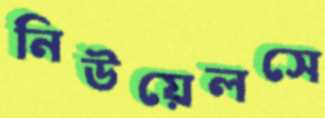
নিউয়েলসে